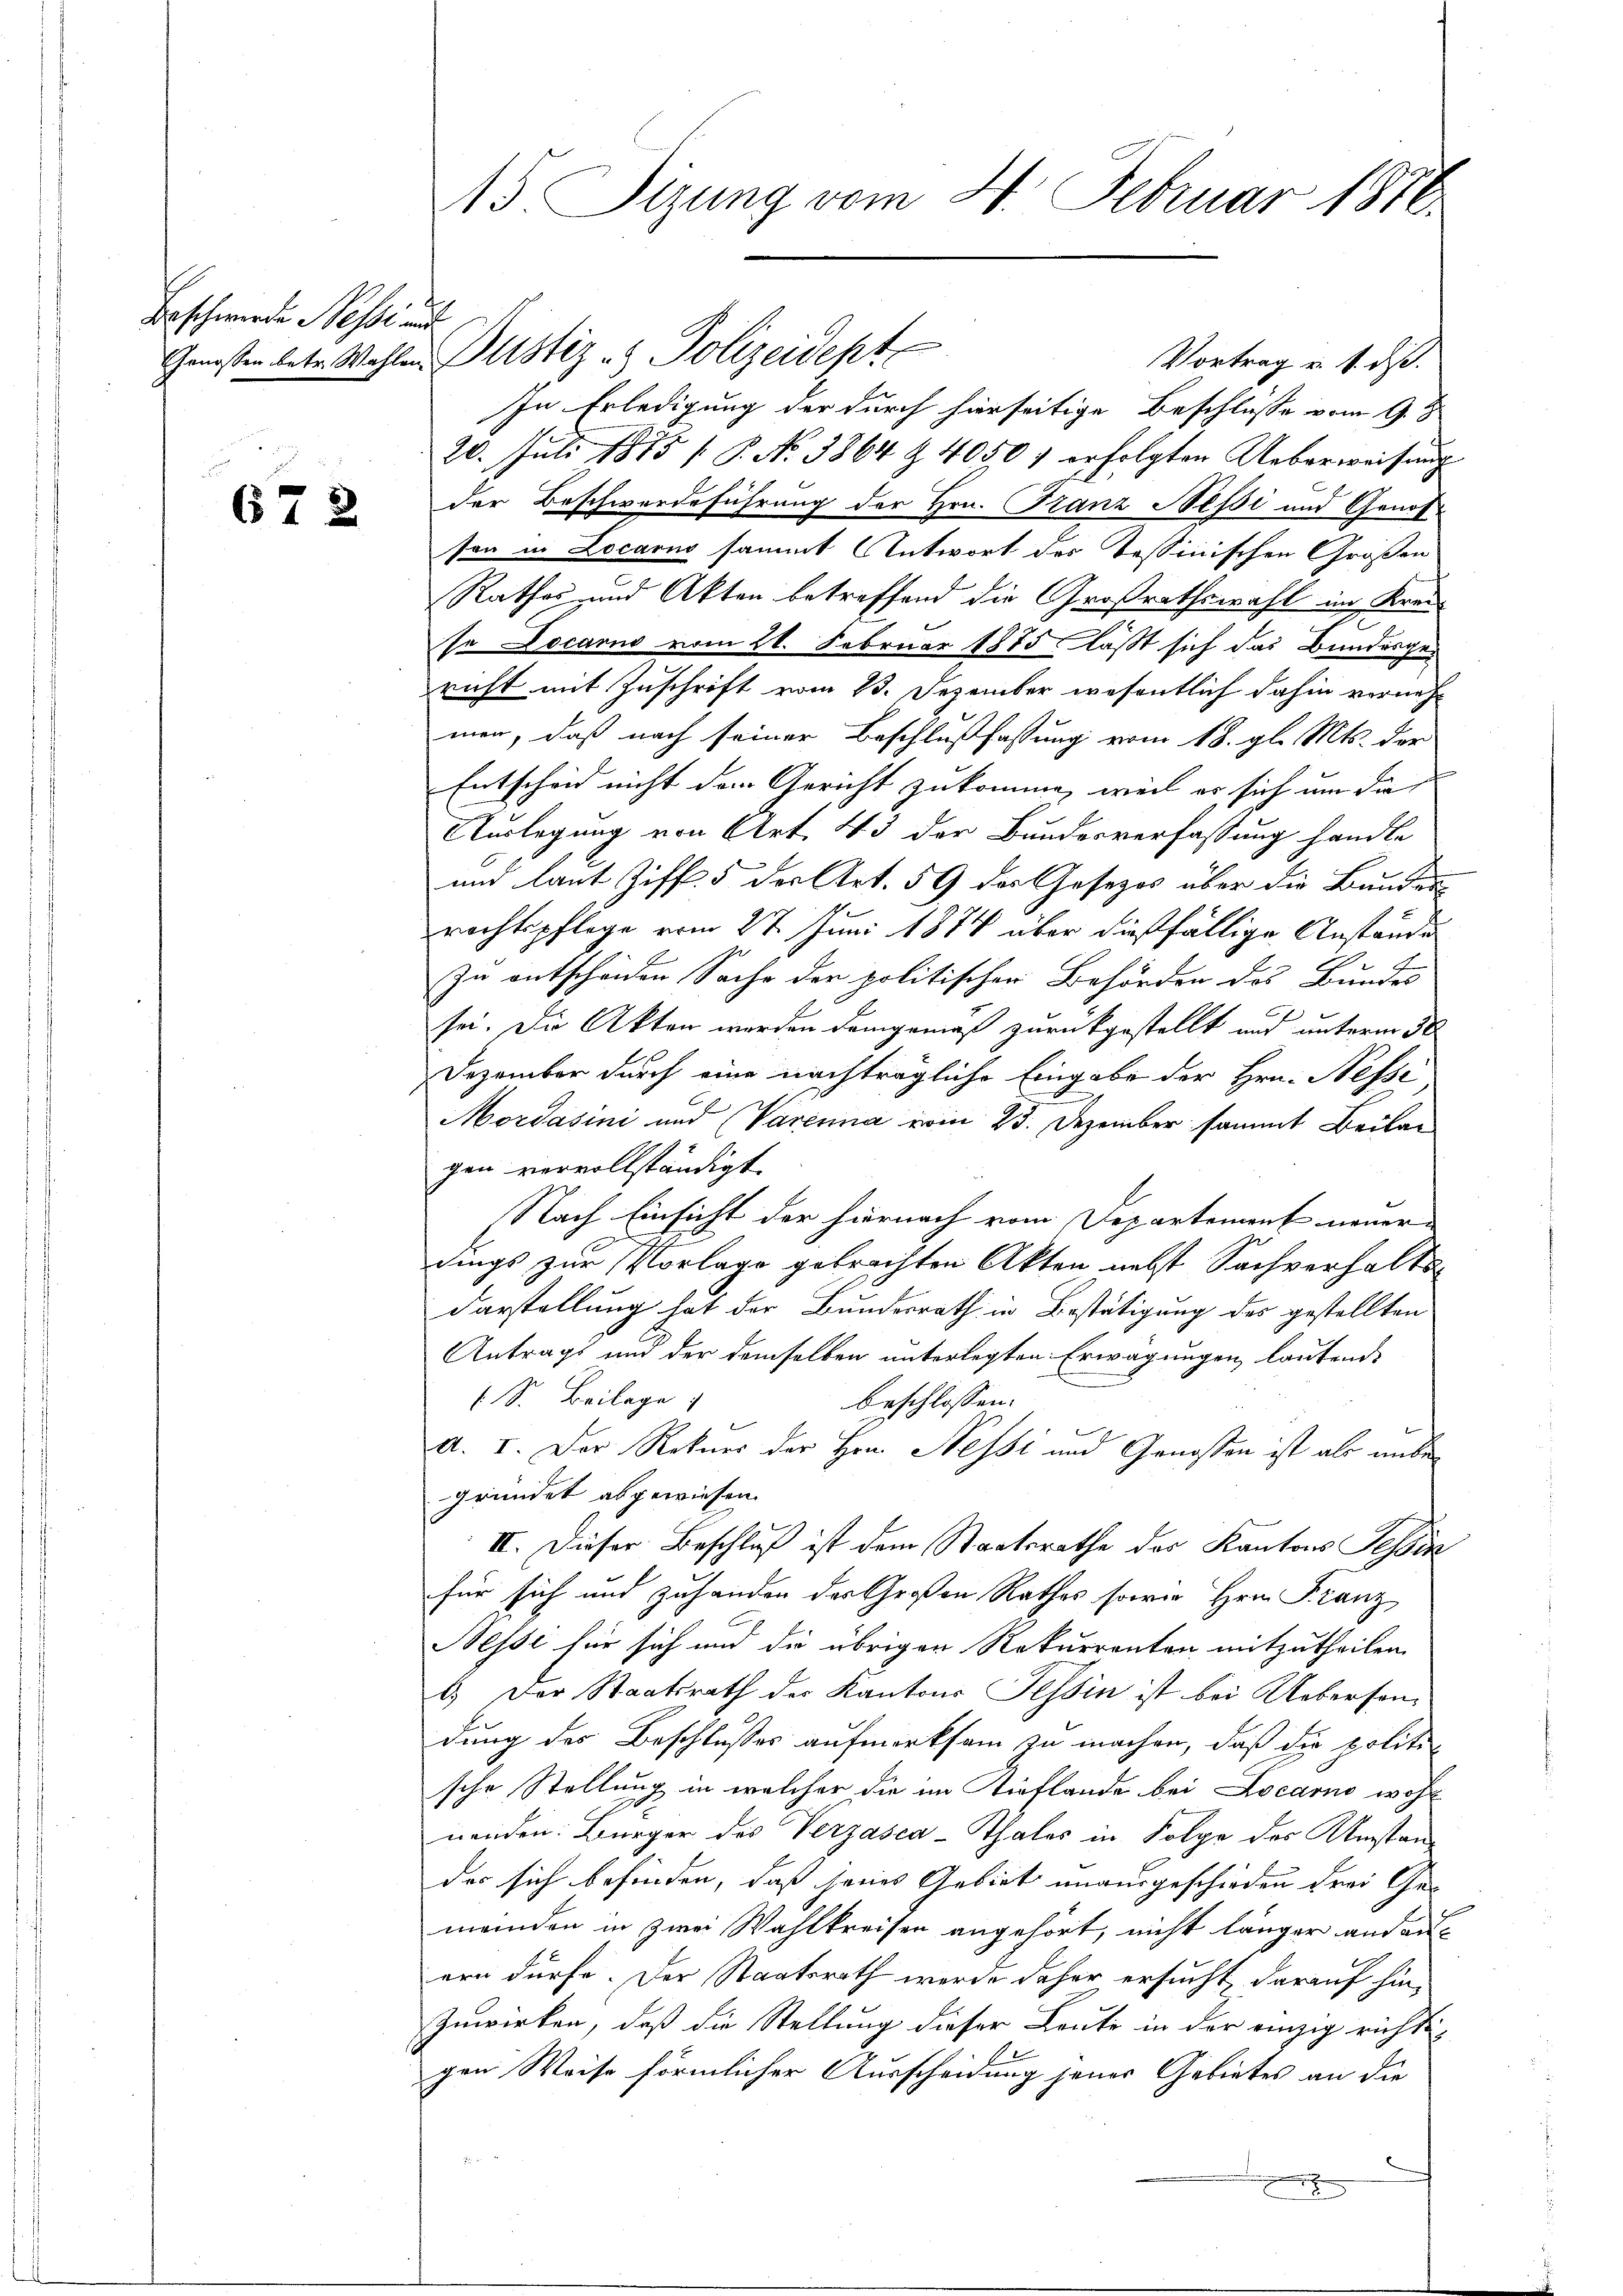
Beschwerden Messe und

672

15. Sizung vom 4. Februar 1816.

Vortrag u. 1. ds.
In Erledigung der durch hierseitige Beschlüsse vom 9. J
20. Juli 1875 / P. Nr. 3864 & 4050 f erfolgten Ueberweisung
der Beschwerdeführung der Hrn. Franz Nessi und Genossen in Locarno sammt Antwort des Tessinischen Großen
Rathes und Akten betreffend die Großrathswahl im Kreise Docarno vom 21. Februar 1875 läßt sich das Bundesgericht mit Zuschrift vom 23. Dezember wesentlich dahin vernehmen, daß nach seiner Beschlußfassung vom 18. gl. Mts. der
Entscheid nicht dem Gericht zukomme, weil er sich um die
Auslegung von Art. 43 der Bundesverfassung handle
und laut Ziff. 5 der Art. 59 des Gesetzes über die Bunden
rechtspflege vom 27. Juni 1874 über dießfällige Anstände
zu entscheiden Sache der politischen Behörden des Bundes
sei. Die Akten werden demgemäß zurückgestellt und unterm 30
Dezember durch eine nachträgliche Eingabe der Hrn. Nesse
Mordasini und (Varenna vom 25. Dezember sammt Beilagen vervollständigt.
Nach Einsicht der hiernach vom Departement neuer
dings zur Vorlage gebrachten Akten nebst Sachverhalts¬
Darstellung hat der Bundesrath in Bestätigung des gestellten
Antrags und der demselben unterlegten Erwägungen lautend
 S. Beilage
beschlossen:
a. I. Der Rekurs der Hrn. Nessi und Genossen ist als unbegründet abgewiesen.
II. Dieser Beschluß ist dem Staatsrathe der Kantons Tessin
für sich und zuhanden des Großen Rathes sowie Hrn. Franz
Nessi für sich und die übrigen Rekurrenten mitzutheilen.
1.) Der Staatsrath der Kantons Tessin ist bei Uebersendung des Beschlußes aufmerksam zu machen, daß die politi
sche Stellung in welcher die im Tirflande bei Locarno wohl
nenden: Bürger des Verzasca-Thales in Folge des Umstandes sich befinden, daß jenes Gebiet unausgeschieden drei Gemeinden in zwei Wahlkreisen angehört, nicht länger andau-
ern dürfe. Der Staatsrath werde daher ersucht, darauf hin-
Zuwirken, daß die Stellung dieser Leute in der einzig richtsgen Weise förmlicher Ausscheidung jener Gebietes an die

Genossen betr. Wahlen Pustiz & Polizeidept